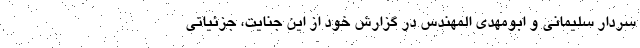
سردار سلیمانی و ابومهدی المهندس در گزارش خود از این جنایت، جزئیاتی